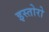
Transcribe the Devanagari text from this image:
इस्तोरो